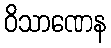
ဝိသာဏေန